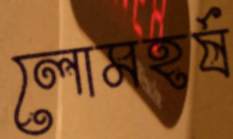
লোমহর্ষ